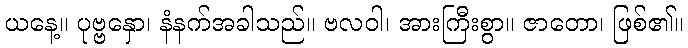
ယနေ့။ ပုဗ္ဗနှော၊ နံနက်အခါသည်။ ဗလဝါ၊ အားကြီးစွာ။ ဇာတော၊ ဖြစ်၏။